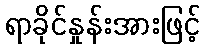
ရာခိုင်နှုန်းအားဖြင့်